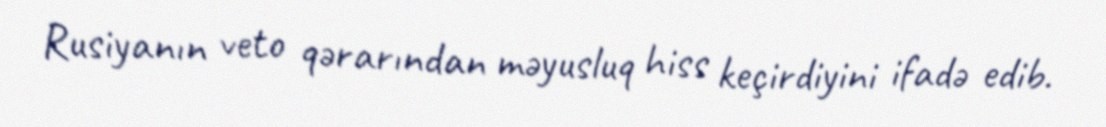
Rusiyanın veto qərarından məyusluq hiss keçirdiyini ifadə edib.